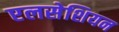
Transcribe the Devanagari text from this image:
एलसेशियन